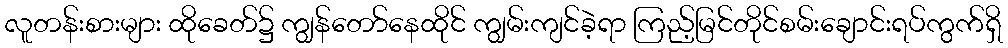
လူတန်းစားများ ထိုခေတ်၌ ကျွန်တော်နေထိုင် ကျွမ်းကျင်ခဲ့ရာ ကြည့်မြင်တိုင်စမ်းချောင်းရပ်ကွက်ရှိ